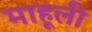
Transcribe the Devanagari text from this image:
माहूली